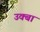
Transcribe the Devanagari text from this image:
उक्बा